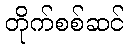
တိုက်စစ်ဆင်